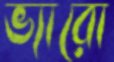
ভ্যারো